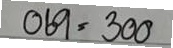
069 = 300